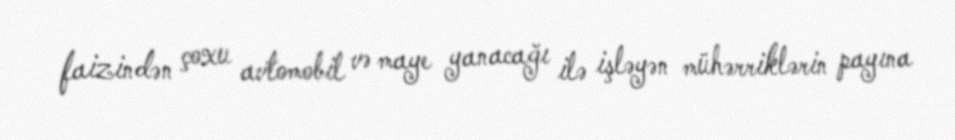
faizindən çoxu avtomobil və maye yanacağı ilə işləyən mühərriklərin payına